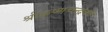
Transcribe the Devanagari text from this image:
श्रीकृष्णचन्द्रकी